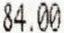
84.00